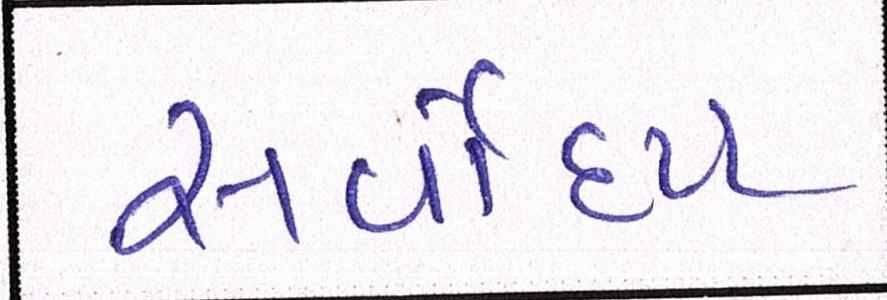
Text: સર્વોદય